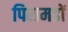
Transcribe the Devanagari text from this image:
पिरामडों